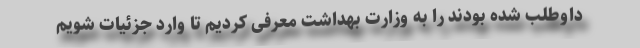
داوطلب شده بودند را به وزارت بهداشت معرفی کردیم تا وارد جزئیات شویم